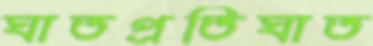
ঘাতপ্রতিঘাত